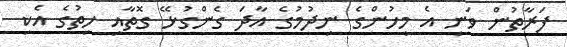
ފަރާތުން ވަނީ އެ މީހުންގެ ނިދުމުގެ އާދަ ގެންގުޅޭ ގޮތާއި ހިތުގެ އެކި